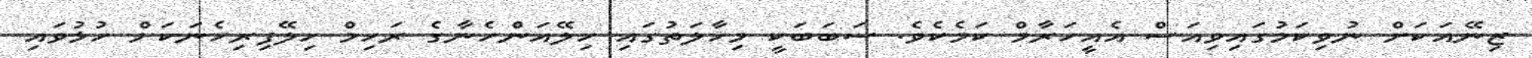
ޒިނޭއަކަށް ނުވިކަމުގައިވިއަސް އެއީހަރާމް ކަމެކެވެ. ސަބަބަކީ މިހާލަތުގައި ހިލޭއަންހެނާގެ ރަހިމް ހިލޭފިރިހެނަކަށް ހުޅުވައި